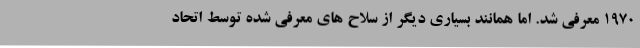
1970 معرفی شد. اما همانند بسیاری دیگر از سلاح های معرفی شده توسط اتحاد